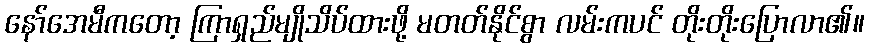
နော်အေမီကတော့ ကြာရှည်မျိုသိပ်ထားဖို့ မတတ်နိုင်စွာ လမ်းကပင် တိုးတိုးပြောလာ၏။